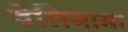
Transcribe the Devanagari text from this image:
वेलिगामा